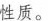
性质。